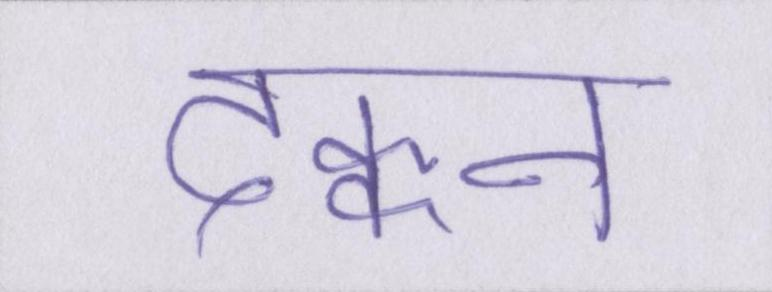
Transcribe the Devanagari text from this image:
दक्कन